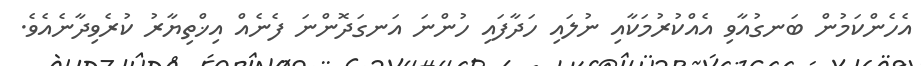
އެހެންކަމުން ބަނގުއާވި އެއްކުރުމަކާއި ނުލައި ހަދާފައި ހުންނަ އަނގަދޮންނަ ފެނެއް އިޚްތިޔާރު ކުރެވިދާނެއެވެ.